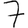
Digit: 7